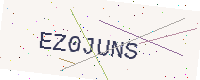
Text: EZ0JUNS